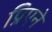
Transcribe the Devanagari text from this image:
प्रिएने